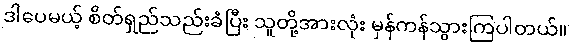
ဒါပေမယ့် စိတ်ရှည်သည်းခံပြီး သူတို့အားလုံး မှန်ကန်သွားကြပါတယ်။